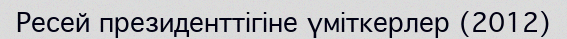
Ресей президенттігіне үміткерлер (2012)